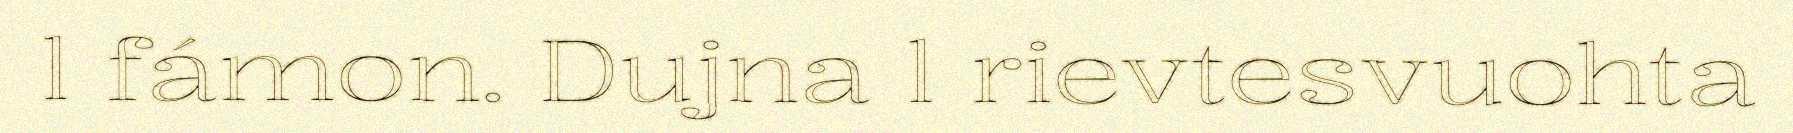
l fámon. Dujna l rievtesvuohta